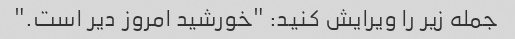
جمله زیر را ویرایش کنید: "خورشید امروز دیر است."